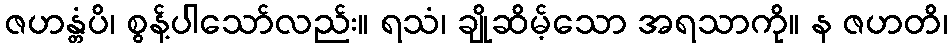
ဇဟန္တံပိ၊ စွန့်ပါသော်လည်း။ ရသံ၊ ချိုဆိမ့်သော အရသာကို။ န ဇဟတိ၊